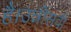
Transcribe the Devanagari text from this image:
है।उन्नीसवीं